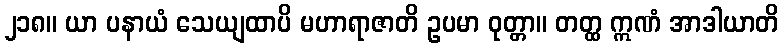
၂၁၈။ ယာ ပနာယံ သေယျထာပိ မဟာရာဇာတိ ဥပမာ ဝုတ္တာ။ တတ္ထ ဣဏံ အာဒါယာတိ